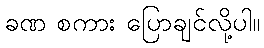
ခဏ စကား ပြောချင်လို့ပါ။